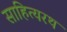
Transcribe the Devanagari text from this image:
साहित्यरथ